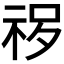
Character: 𱵈